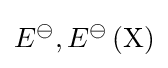
E^{\ominus },E^{\ominus }\left({\ce {X}}\right)